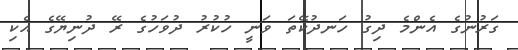
ގަރުނުގެ އެންމެ ދިގު ހަނދުކޭތަ ވަނީ ހުކުރު ދުވަހުގެ ރޭ ދުނިޔޭގެ އެކި